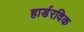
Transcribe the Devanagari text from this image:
हार्डरविक